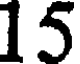
15